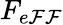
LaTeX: F_{e\mathcal{F}\mathcal{F}}